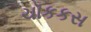
ચૉકકસ